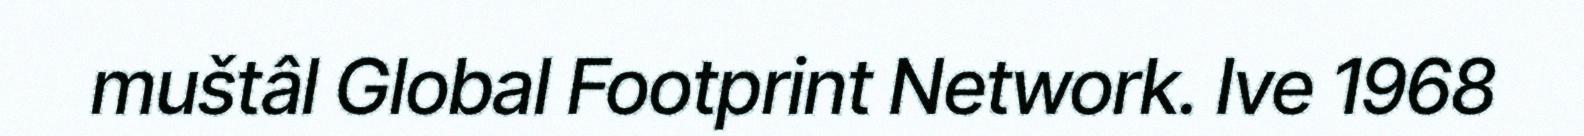
muštâl Global Footprint Network. Ive 1968